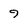
Character: 9